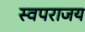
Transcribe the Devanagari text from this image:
स्वपराजय